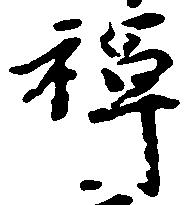
禅